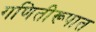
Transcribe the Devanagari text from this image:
गणितीरूपात